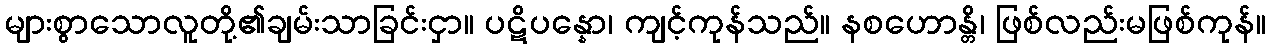
များစွာသောလူတို့၏ချမ်းသာခြင်းငှာ။ ပဋိပန္နော၊ ကျင့်ကုန်သည်။ နစဟောန္တိ၊ ဖြစ်လည်းမဖြစ်ကုန်။